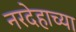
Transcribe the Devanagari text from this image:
नरदेहाच्या